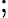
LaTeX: ;